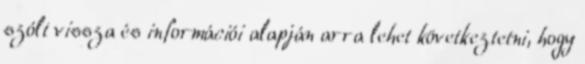
szólt vissza és információi alapján arra lehet következtetni, hogy